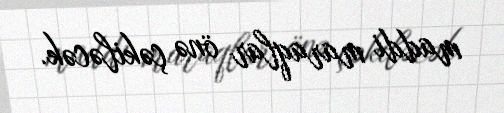
maddi maraqlar önə çəkiləcək.